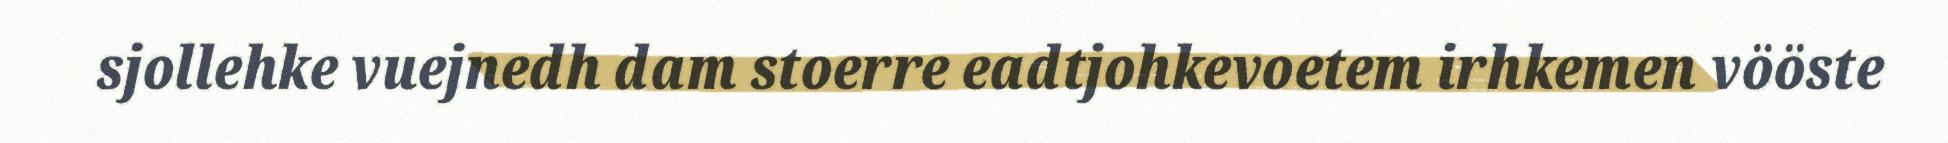
sjollehke vuejnedh dam stoerre eadtjohkevoetem irhkemen vööste